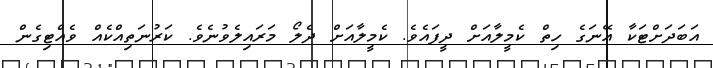
އަބަދަށްޓަކާ އޭނަގެ ހިތް ކެމީލާއަށް ދީފައެވެ. ކެމީލާއަށް ދެލޯ މަރައިލެވުނެވެ. ކަރުނަތިއްކެއް ވެއްޓިގެން